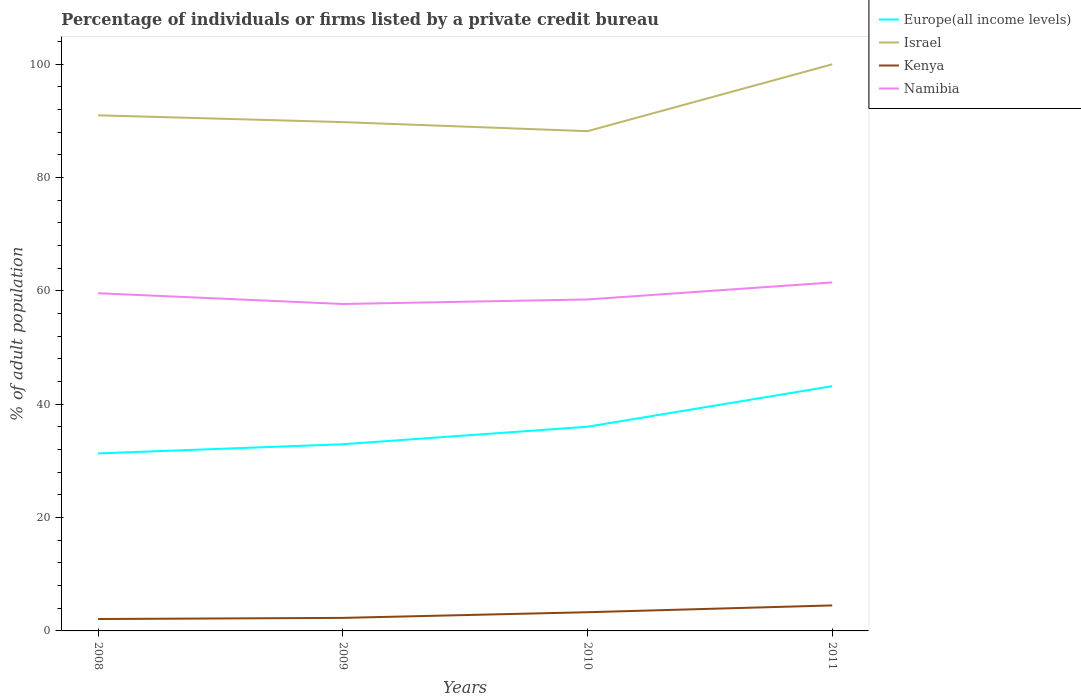
| Years | Europe(all income levels) | Israel | Kenya | Namibia |
 | --- | --- | --- | --- | --- |
 | 2008 | 31.3 | 91 | 2.1 | 59.6 |
 | 2009 | 32.9 | 89.8 | 2.3 | 57.7 |
 | 2010 | 36 | 88.2 | 3.3 | 58.5 |
 | 2011 | 43.2 | 100 | 4.5 | 61.5 |